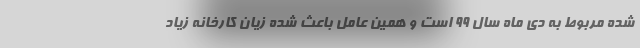
شده مربوط به دی ماه سال ۹۹ است و همین عامل باعث شده زیان کارخانه زیاد